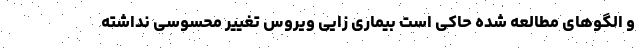
و الگوهای مطالعه شده حاکی است بیماری زایی ویروس تغییر محسوسی نداشته